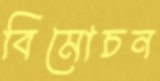
বিমোচন